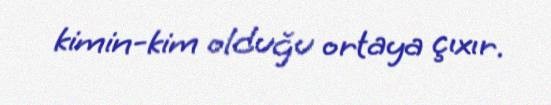
kimin-kim olduğu ortaya çıxır.